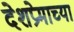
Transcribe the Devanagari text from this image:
देशप्रेमाच्या